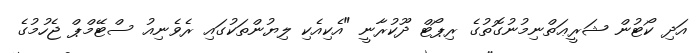
އަދި ކޯޓުން ޝަރީޢަތްނިމުނުގޮތުގެ ރިޕޯޓް ދޫކުރާނީ "އެކިއެކި ލިޔުންތަކުގައި ރެވެނިއު ސްޓޭމްޕް ޖެހުމުގެ